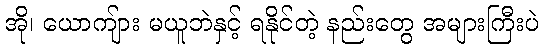
အို၊ ယောကျ်ား မယူဘဲနှင့် ရနိုင်တဲ့ နည်းတွေ အများကြီးပဲ